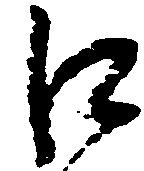
江